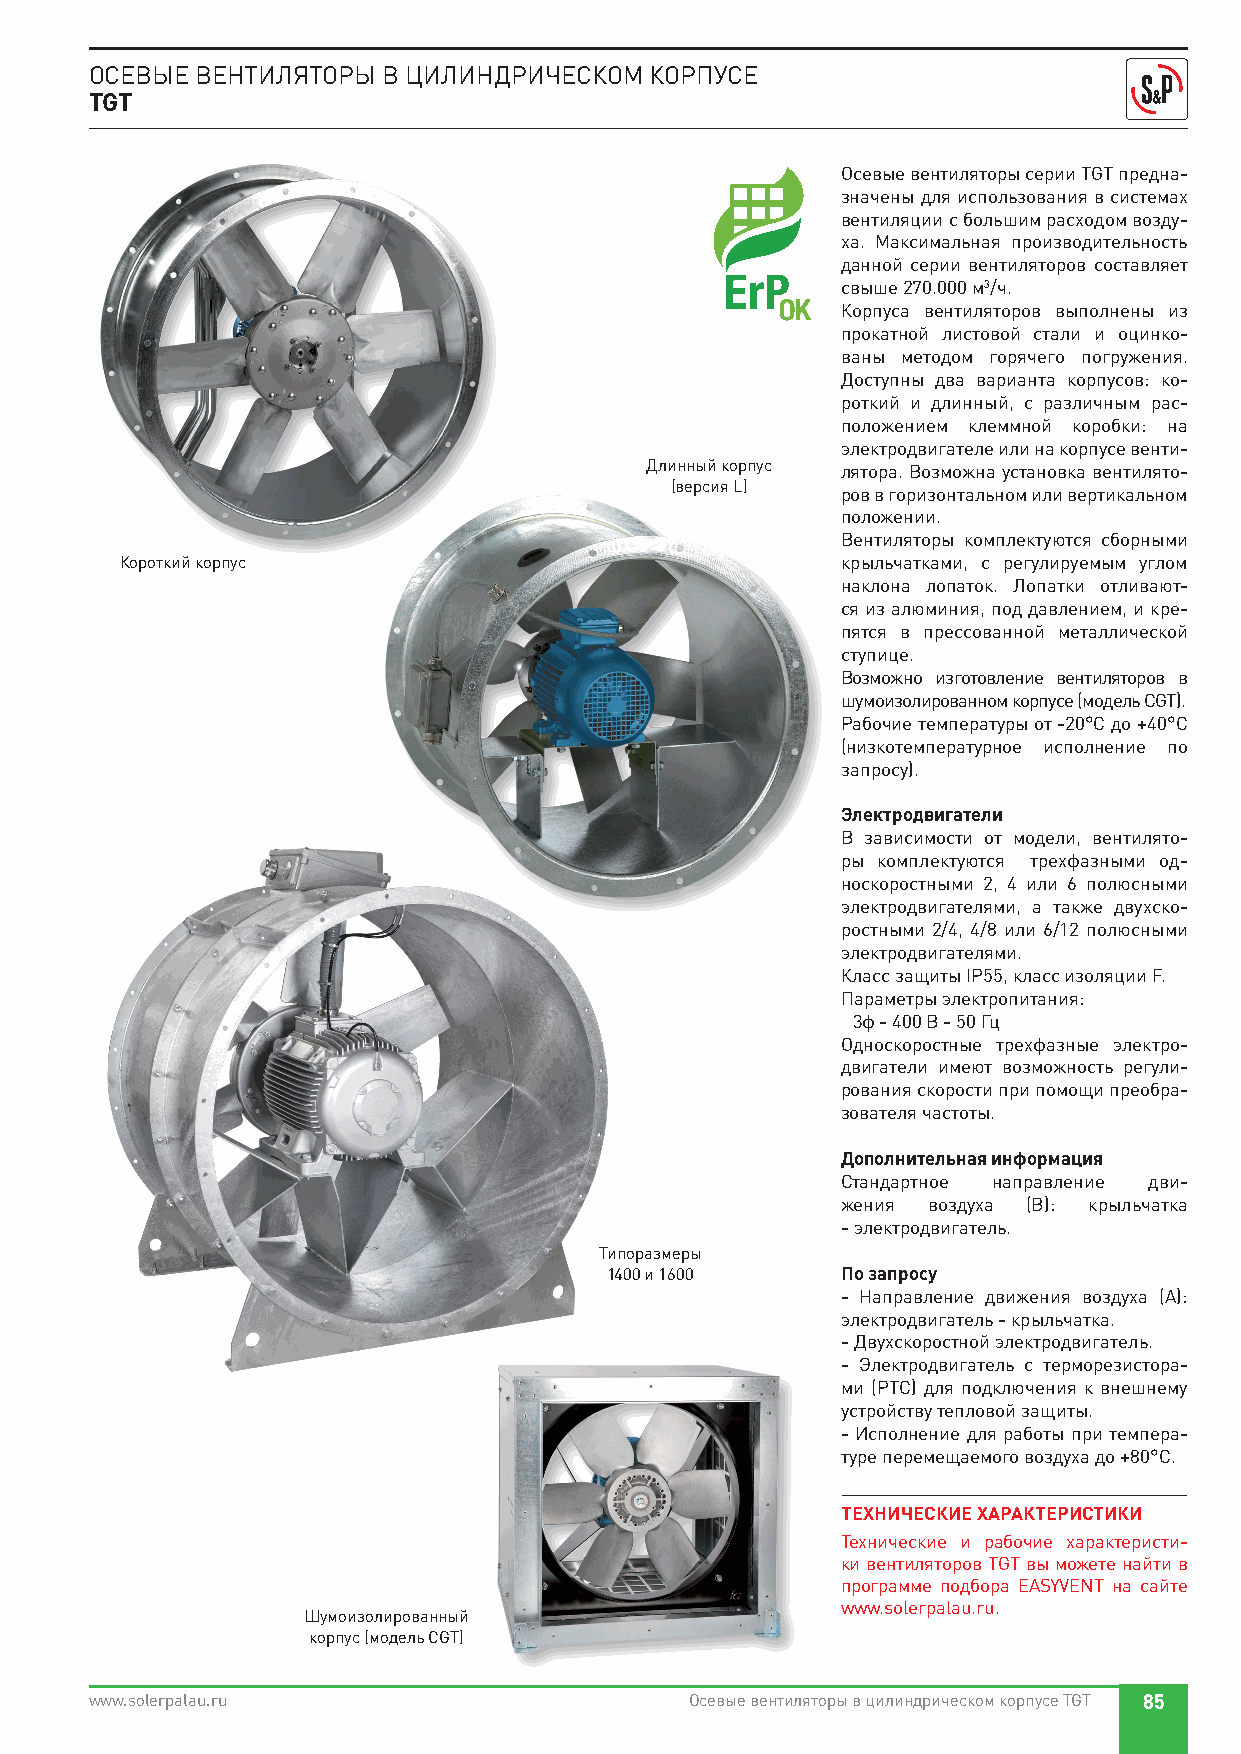
ОСЕВЫЕ ВЕНТИЛЯТОРЫ В ЦИЛИНДРИЧЕСКОМ  КОРПУСЕ
 TGT
 Осевые вентиляторы серии TGT предна-
 значены для использования в системах
 вентиляции с большим расходом возду-
 ха. Максимальная производительность
 данной серии вентиляторов составляет
 свыше 270.000 м3/ч.
 Корпуса вентиляторов выполнены из
 прокатной листовой стали и оцинко-
 ваны методом горячего погружения.
 Доступны два варианта корпусов: ко-
 роткий и длинный, с различным рас-
 положением клеммной коробки: на
 электродвигателе или на корпусе венти-
 Длинный корпус лятора. Возможна установка вентилято-
 (версия L)
 ров в горизонтальном или вертикальном
 положении.
 Вентиляторы комплектуются сборными
 Короткий корпус                                 крыльчатками, с регулируемым углом
 наклона лопаток. Лопатки отливают-
 ся из алюминия, под давлением, и кре-
 пятся в прессованной металлической
 ступице.
 Возможно изготовление вентиляторов в
 шумоизолированном корпусе (модель CGT).
 Рабочие температуры от -20°С до +40°С
 (низкотемпературное исполнение по
 запросу).
 Электродвигатели
 В зависимости от модели, вентилято-
 ры комплектуются трехфазными од-
 носкоростными 2, 4 или 6 полюсными
 электродвигателями, а также двухско-
 ростными 2/4, 4/8 или 6/12 полюсными
 электродвигателями.
 Класс защиты IP55, класс изоляции F.
 Параметры электропитания:
 3ф - 400 В - 50 Гц
 Односкоростные трехфазные электро-
 двигатели имеют возможность регули-
 рования скорости при помощи преобра-
 зователя частоты.
 Дополнительная информация
 Стандартное направление дви-
 жения воздуха (B): крыльчатка
 - электродвигатель.
 Типоразмеры
 1400 и 1600     По запросу
 - Направление движения воздуха (А):
 электродвигатель - крыльчатка.
 - Двухскоростной электродвигатель.
 - Электродвигатель с терморезистора-
 ми (РТС) для подключения к внешнему
 устройству тепловой защиты.
 - Исполнение для работы при темпера-
 туре перемещаемого воздуха до +80°С.
 ТЕХНИЧЕСКИЕ ХАРАКТЕРИСТИКИ
 Технические и рабочие характеристи-
 ки вентиляторов TGT вы можете найти в
 программе подбора EASYVENT на сайте
 www.solerpalau.ru.
 Шумоизолированный
 корпус (модель CGT)
 www.solerpalau.ru                       Осевые вентиляторы в цилиндрическом корпусе TGT 85